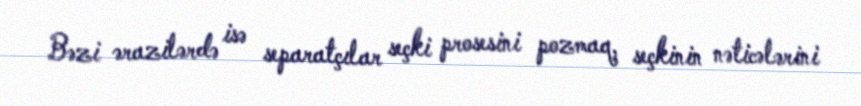
Bəzi ərazilərdə isə separatçılar seçki prosesini pozmaq, seçkinin nəticələrini